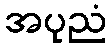
အပုညံ